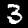
Label: 3